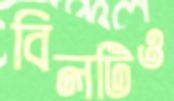
বিলটিও